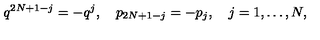
q ^ { 2 N + 1 - j } = - q ^ { j } , \quad p _ { 2 N + 1 - j } = - p _ { j } , \quad j = 1 , \ldots , N ,